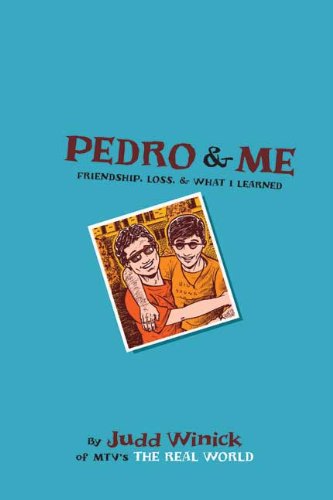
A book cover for Pedro And Me (Turtleback School & Library Binding Edition); Judd Winick; Teen & Young Adult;